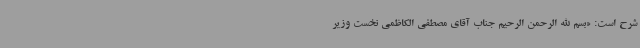
شرح است: «بسم الله الرحمن الرحیم جناب آقای مصطفی الکاظمی نخست وزیر